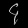
Digit: ၄